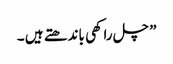
” چل راکھی باندھتے ہیں ۔